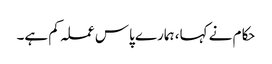
حکام نے کہا، ہمارے پاس عملہ کم ہے۔